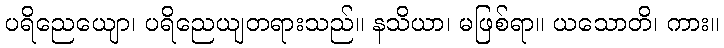
ပရိညေယျော၊ ပရိညေယျတရားသည်။ နသိယာ၊ မဖြစ်ရာ။ ယသောတိ၊ ကား။